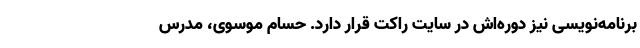
برنامه‌نویسی نیز دوره‌اش در سایت راکت قرار دارد. حسام موسوی، مدرس